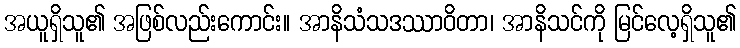
အယူရှိသူ၏ အဖြစ်လည်းကောင်း။ အာနိသံသဒဿာဝိတာ၊ အာနိသင်ကို မြင်လေ့ရှိသူ၏